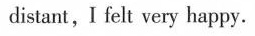
distant, I felt very happy.